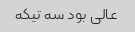
عالی بود سه تیکه